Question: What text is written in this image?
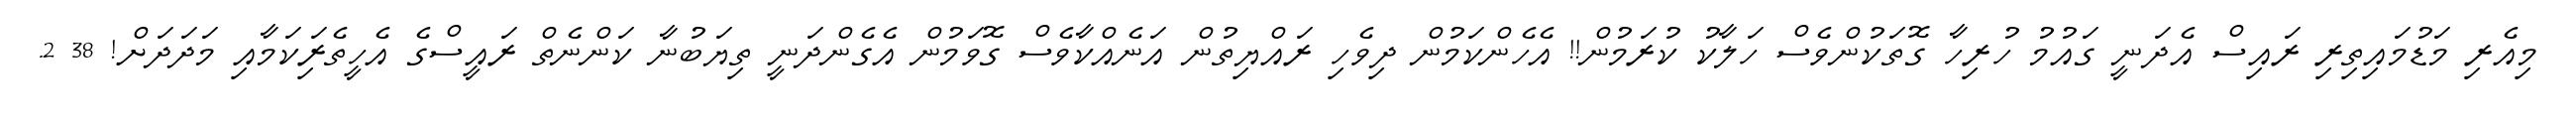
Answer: މިއެރި މަޑުމައިތިރި ރައިސް އެދަނީ ގައުމު ހުރިހާ ގޮތަކުންވެސް ހަލާކު ކުރަމުން!! އެހެންކަމުން ދިވެހި ރައްޔިތުން އަނެއްކާވެސް ގޮވަމުން އެގެންދަނީ ތިޔަބުނާ ކަންނެތް ރައީސްގެ އެހީތެރިަކަމާއި މަދަދަށް! 38 2.